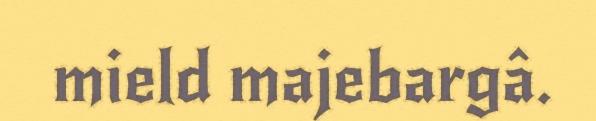
mield majebargâ.